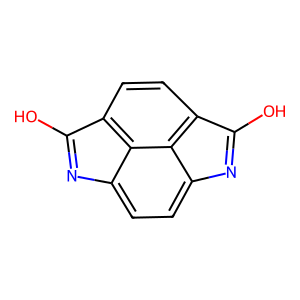
SMILES: Oc1nc2ccc3nc(O)c4ccc1c2c34
Inhibits HIV replication: No